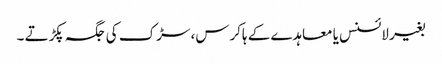
بغیر لائسنس یا معاہدے کے ہاکرس، سڑک کی جگہ پکڑتے ۔